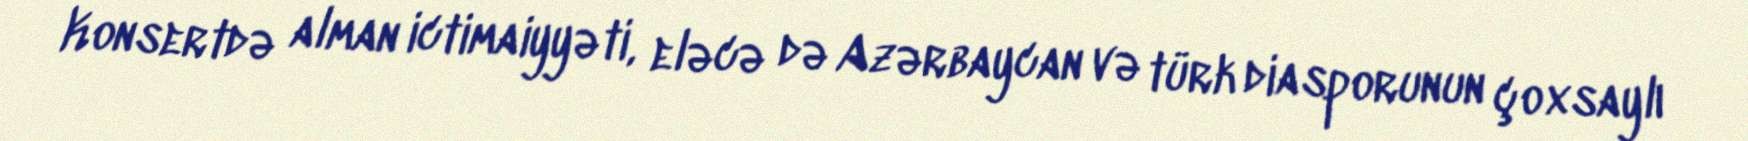
Konsertdə alman ictimaiyyəti, eləcə də Azərbaycan və türk diasporunun çoxsaylı